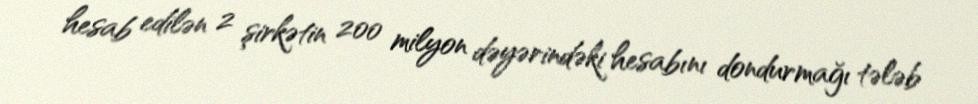
hesab edilən 2 şirkətin 200 milyon dəyərindəki hesabını dondurmağı tələb